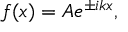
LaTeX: f ( x ) = A e ^ { \pm i k x } ,